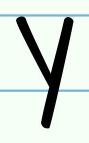
y